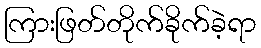
ကြားဖြတ်တိုက်ခိုက်ခဲ့ရာ